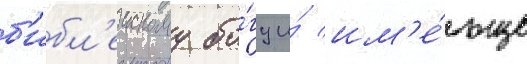
б'ибл'еискому бо́гу и́ им'е́ющие